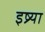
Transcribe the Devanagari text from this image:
इष्र्या